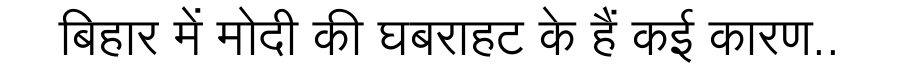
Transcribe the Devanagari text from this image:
बिहार में मोदी की घबराहट के हैं कई कारण..